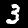
Label: 3